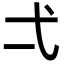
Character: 弌